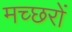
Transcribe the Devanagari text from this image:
मच्‍छरों